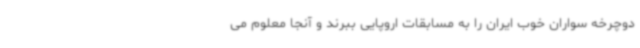
دوچرخه سواران خوب ایران را به مسابقات اروپایی ببرند و آنجا معلوم می